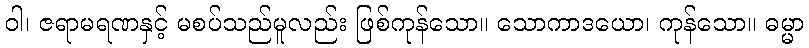
ဝါ၊ ဇရာမရဏနှင့် မစပ်သည်မူလည်း ဖြစ်ကုန်သော။ သောကာဒယော၊ ကုန်သော။ ဓမ္မာ